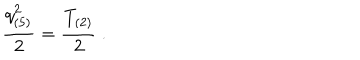
{ \frac { q _ { ( 5 ) } ^ { 2 } } { 2 } } = { \frac { T _ { ( 2 ) } } { 2 } } \ .